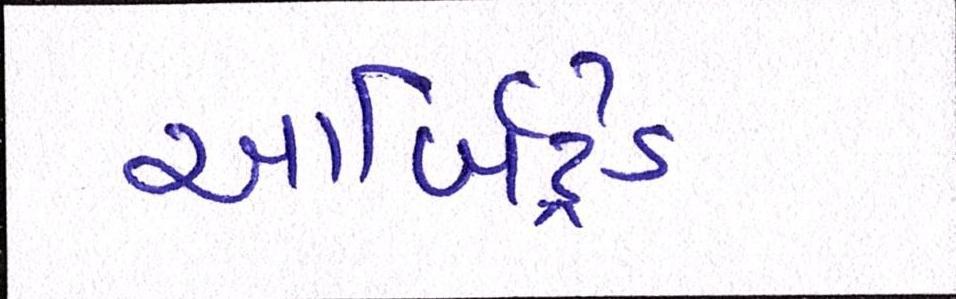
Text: આર્બિટ્રેડ